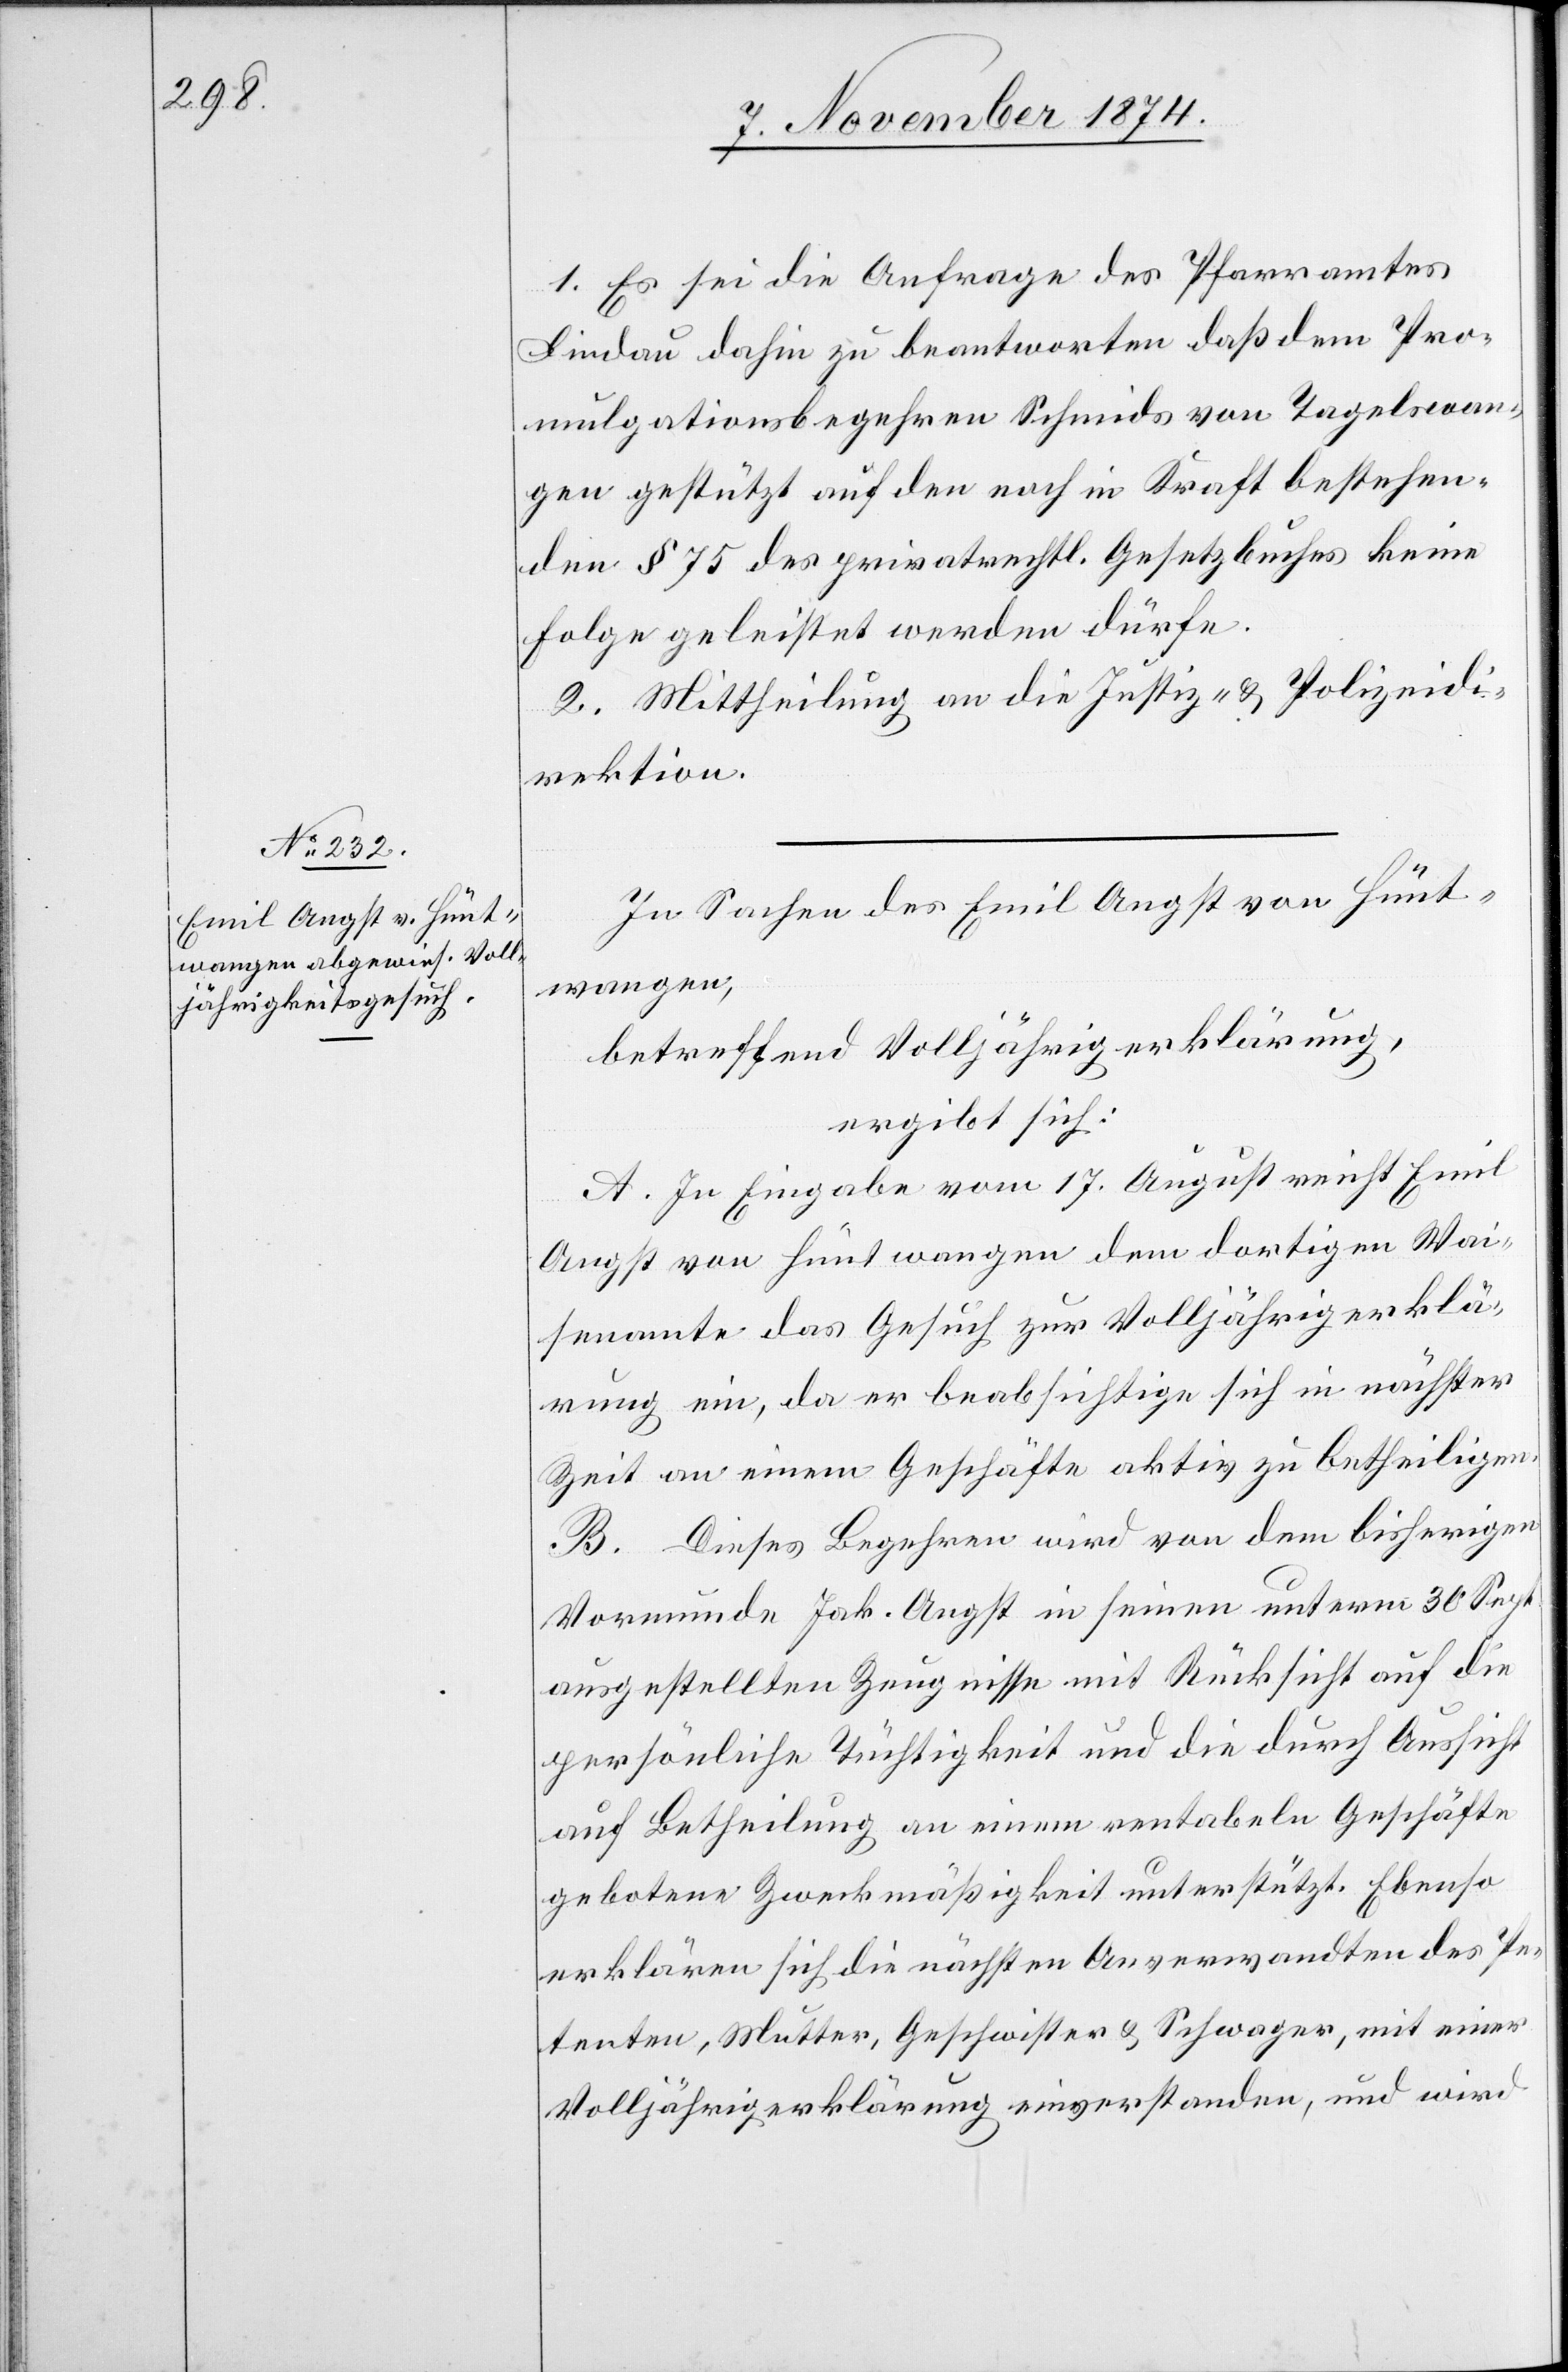
1. Es sei die Anfrage des Pfarramtes
Lindau dahin zu beantworten daß dem Pro¬
mulgationsbegehren Schmids von Tagelswan¬
gen gestützt auf den nach in Kraft bestehen¬
den § 75 des privatrechtl. Gesetzbuches keine
Folge geleistet werden dürfe.
2. Mittheilung an die Justiz- & Polizeidi¬
rektion.
In Sachen des Emil Angst von Hünt¬
wangen,
betreffend Volljährigerklärung,
ergibt sich:
A. In Eingabe vom 17. August reicht Emil
Angst von Hüntwangen dem dortigen Wai¬
senamte das Gesuch zur Volljährigerklä¬
rung ein, da er beabsichtige sich in nächster
Zeit an einem Geschäfte aktiv zu betheiligen.
B. Dieses Begehren wird von dem bisherigen
Vormunde Jak. Angst in seinen [sic!] unterm 30. Sept.
ausgestellten Zeugnisse mit Rücksicht auf die
persönliche Tüchtigkeit und die durch Aussicht
auf Betheilung an einem rentabeln Geschäfte
gebotene Zweckmäßigkeit unterstützt. Ebenso
erklären sich die nächsten Anverwandten des Pe¬
tenten, Mutter, Geschwister & Schwager mit einer
Volljährigerklärung einverstanden, und wird